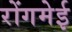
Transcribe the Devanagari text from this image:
रोंगमेई